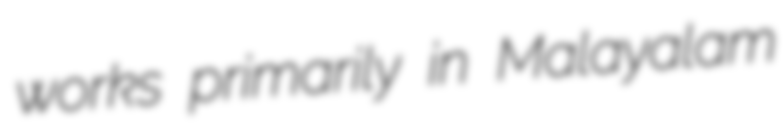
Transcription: works primarily in Malayalam